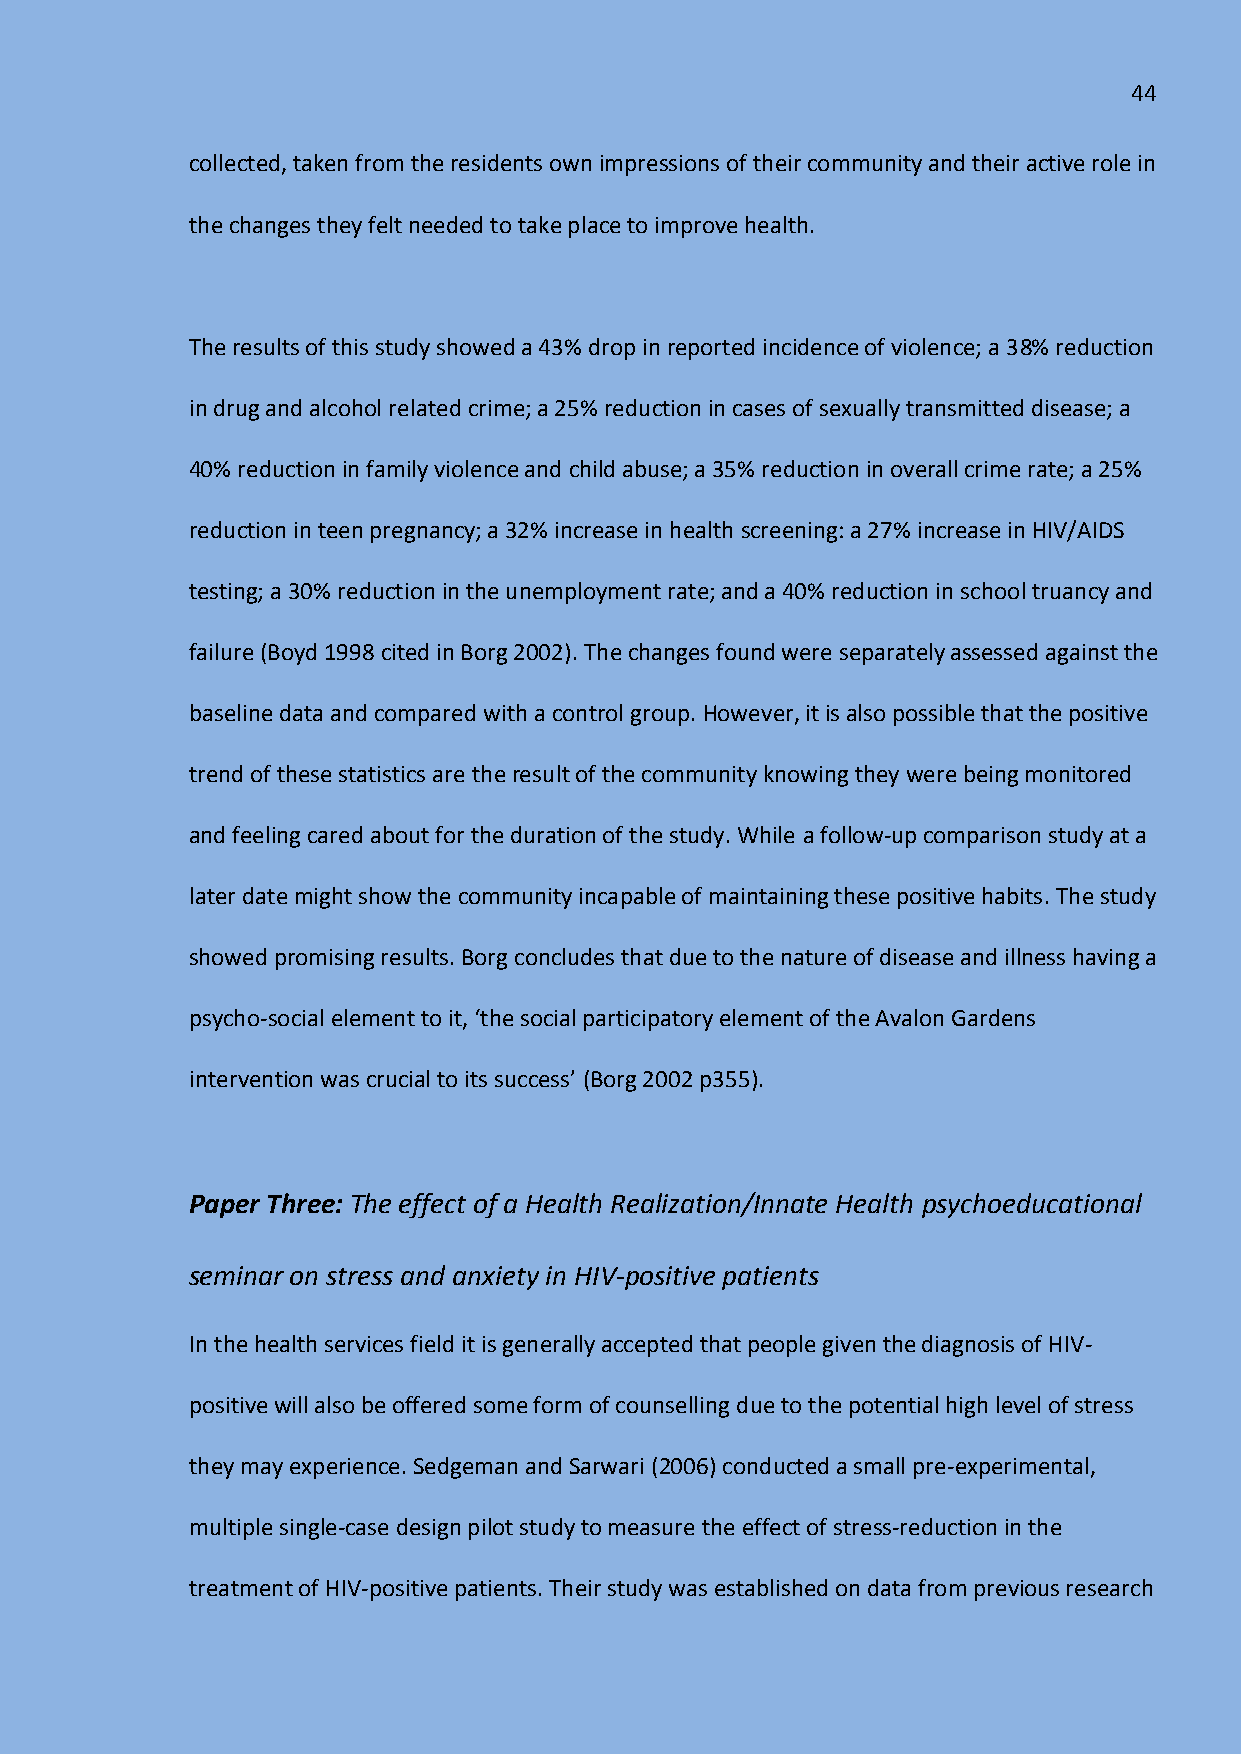
44
 collected, taken from the residents own impressions of their community and their active role in
 the changes they felt needed to take place to improve health.
 The results of this study showed a 43% drop in reported incidence of violence; a 38% reduction
 in drug and alcohol related crime; a 25% reduction in cases of sexually transmitted disease; a
 40% reduction in family violence and child abuse; a 35% reduction in overall crime rate; a 25%
 reduction in teen pregnancy; a 32% increase in health screening: a 27% increase in HIV/AIDS
 testing; a 30% reduction in the unemployment rate; and a 40% reduction in school truancy and
 failure (Boyd 1998 cited in Borg 2002). The changes found were separately assessed against the
 baseline data and compared with a control group. However, it is also possible that the positive
 trend of these statistics are the result of the community knowing they were being monitored
 and feeling cared about for the duration of the study. While a follow-up comparison study at a
 later date might show the community incapable of maintaining these positive habits. The study
 showed promising results. Borg concludes that due to the nature of disease and illness having a
 psycho-social element to it, ‘the social participatory element of the Avalon Gardens
 intervention was crucial to its success’ (Borg 2002 p355).
 Paper Three: The effect of a Health Realization/Innate Health psychoeducational
 seminar on stress and anxiety in HIV-positive patients
 In the health services field it is generally accepted that people given the diagnosis of HIV-
 positive will also be offered some form of counselling due to the potential high level of stress
 they may experience. Sedgeman and Sarwari (2006) conducted a small pre-experimental,
 multiple single-case design pilot study to measure the effect of stress-reduction in the
 treatment of HIV-positive patients. Their study was established on data from previous research